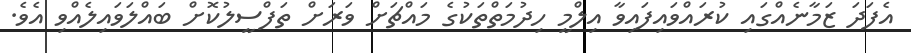
އެފަދަ ޒަމާނެއްގައި ކުރައްވައިފައިވާ އިލްމީ ހިދުމަތްތަކުގެ މައްޗަށް ވަރަށް ތަފްސީލުކޮށް ބައްލަވައިލެއްވި އެވެ.